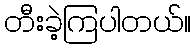
တီးခဲ့ကြပါတယ်။